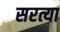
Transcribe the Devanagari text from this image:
सरत्या